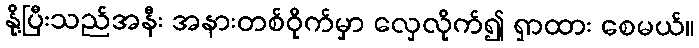
နို့ပြီးသည်အနီး အနားတစ်ဝိုက်မှာ လှေလိုက်၍ ရှာထား စေမယ်။